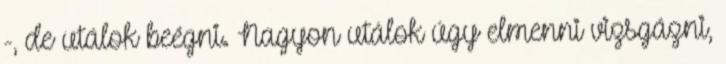
-, de utálok beégni. Nagyon utálok úgy elmenni vizsgázni,